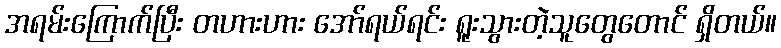
အရမ်းကြောက်ပြီး တဟားဟား အော်ရယ်ရင်း ရူးသွားတဲ့သူတွေတောင် ရှိတယ်။